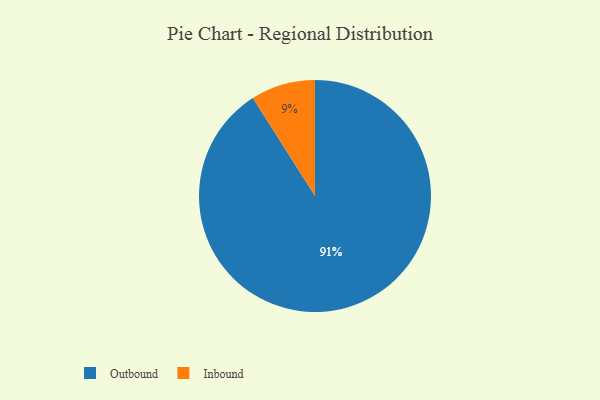
{"axis": {"x": "Category", "y": "Percentage"}, "legend": ["Inbound", "Outbound"], "data": [{"x": "Inbound", "y": 9, "type": "Inbound"}, {"x": "Outbound", "y": 91, "type": "Outbound"}]}